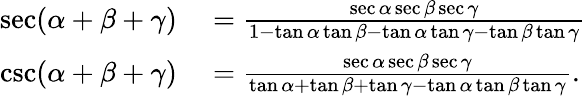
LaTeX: \begin{array}{rl}{\sec(\alpha+\beta+\gamma)}&{{}={\frac{\sec\alpha\sec\beta\sec\gamma}{1-\tan\alpha\tan\beta-\tan\alpha\tan\gamma-\tan\beta\tan\gamma}}}\\ {\csc(\alpha+\beta+\gamma)}&{{}={\frac{\sec\alpha\sec\beta\sec\gamma}{\tan\alpha+\tan\beta+\tan\gamma-\tan\alpha\tan\beta\tan\gamma}}.}\end{array}